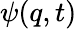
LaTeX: \psi(q,t)